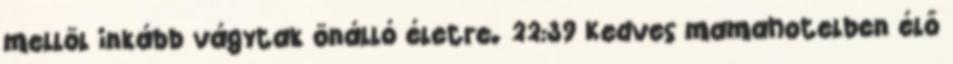
mellöl inkább vágytak önálló életre. 22:39 Kedves mamahotelben élő